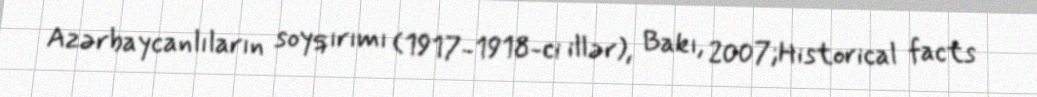
Azərbaycanlıların soyqırımı (1917-1918-ci illər), Bakı, 2007;Historical facts